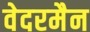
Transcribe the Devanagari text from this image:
वेदरमैन